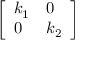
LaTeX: \left[ \begin{array} { l l } { k _ { 1 } } & { 0 } \\ { 0 } & { k _ { 2 } } \end{array} \right]